King Institute of Preventive Medicine Bacteriolog. Section reports 1907-08
Year: 1907
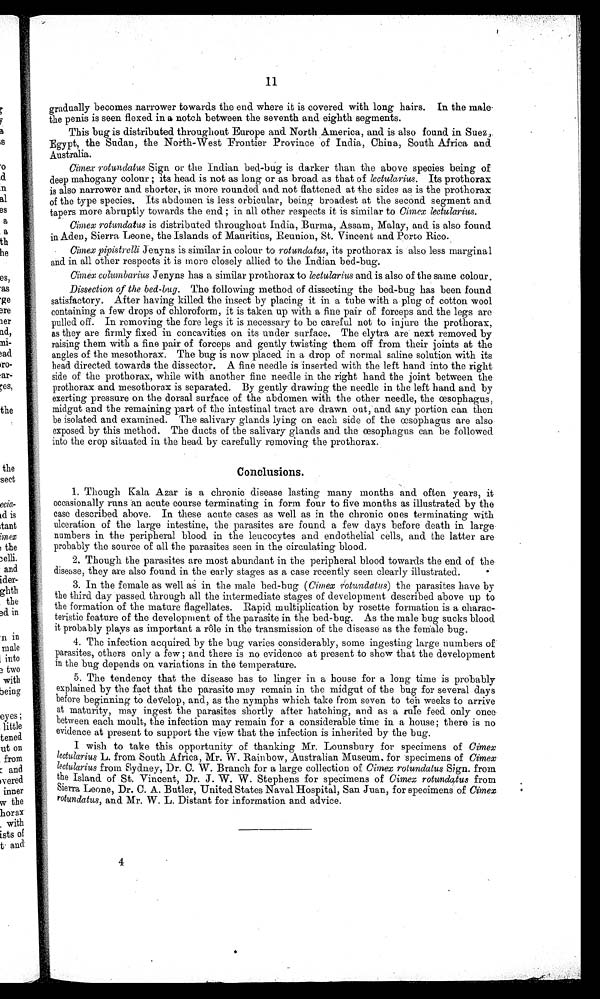
11
gradually becomes narrower towards the end where it is covered with long hairs. In the male
the penis is seen flexed in a notch between the seventh and eighth segments.
This bug is distributed throughout Europe and North America, and is also found in Suez,
Egypt, the Sudan, the North-West Frontier Province of India, China, South Africa and
Australia.
Cimex rotundatus Sign or the Indian bed-bug is darker than the above species being of
deep mahogany colour ; its head is not as long or as broad as that of lectularius. Its prothorax
is also narrower and shorter, is more rounded and not flattened at the sides as is the prothorax
of the type species. Its abdomen is less orbicular, being broadest at the second segment and
tapers more abruptly towards the end ; in all other respects it is similar to Cimex lectularius.
Cimex rotundatus is distributed throughout India, Burma, Assam, Malay, and is also found
in Aden, Sierra Leone, the Islands of Mauritius, Reunion, St. Vincent and Porto Rico.
Cimex pipistrelli Jenyns is similar in colour to rotundatus, its prothorax is also less marginal
and in all other respects it is more closely allied to the Indian bed-bug.
Cimex columbarius Jenyns has a similar prothorax to lectularius and is also of the same colour.
Dissection of the bed-bug. The following method of dissecting the bed-bug has been found
satisfactory. After having killed the insect by placing it in a tube with a plug of cotton wool
containing a few drops of chloroform, it is taken up with a fine pair of forceps and the legs are
pulled off. In removing the fore legs it is necessary to be careful not to injure the prothorax,
as they are firmly fixed in concavities on its under surface. The elytra are next removed by
raising them with a fine pair of forceps and gently twisting them off from their joints at the
angles of the mesothorax. The bug is now placed in a drop of normal saline solution with its
head directed towards the dissector. A fine needle is inserted with the left hand into the right
side of the prothorax, while with another fine needle in the right hand the joint between the
prothorax and mesothorax is separated. By gently drawing the needle in the left hand and by
exerting pressure on the dorsal surface of the abdomen with the other needle, the œsophagus,
midgut and the remaining part of the intestinal tract are drawn out, and any portion can then
be isolated and examined. The salivary glands lying on each side of the œsophagus are also
exposed by this method. The ducts of the salivary glands and the oesophagus can be followed
into the crop situated in the head. by carefully removing the prothorax.
Conclusions.
1. Though Kala Azar is a chronic disease lasting many months and often years, it
occasionally runs an acute course terminating in form four to five months as illustrated by the
case described above. In these acute cases as well as in the chronic ones terminating with
ulceration of the large intestine, the parasites are found a few days before death in large.
numbers in the peripheral blood in the leucocytes and endothelial cells, and the latter are
probably the source of all the parasites seen in the circulating blood.
2. Though the parasites are most abundant in the peripheral blood towards the end of the
disease, they are also found in the early stages as a case recently seen clearly illustrated.
3. In the female as well as in the male bed-bug (Cimex rotundatus) the parasites have by
the third day passed through all the intermediate stages of development described above up to
the formation of the mature flagellates. Rapid multiplication by rosette formation is a charac-
teristic feature of the development of the parasite in the bed-bug. As the male bug sucks blood
it probably plays as important a rôle in the transmission of the disease as the female bug.
4. The infection acquired by the bug varies considerably, some ingesting large numbers of
parasites, others only a few ; and there is no evidence at present to show that the development
in the bug depends on variations in the temperature.
5. The tendency that the disease has to linger in a house for a long time is probably
explained by the fact that the parasite may remain in the midgut of the bug for several days
before beginning to develop, and, as the nymphs which take from seven to ten weeks to arrive
at maturity, may ingest the parasites shortly after hatching, and as a rule feed only once
between each moult, the infection may remain for a considerable time in a house; there is no
evidence at present to support the view that the infection is inherited by the bug.
I wish to take this opportunity of thanking Mr. Lounsbury for specimens of Cimex
l e c t u l a r i u s
L . f r o m S o u t h A f r i c a , M r . W . R a i n b o w , A u s t r a l i a n M u s e u m f o r s p e c i m e n s o f
C i m e x
lectularius from Sydney, Dr. C. W. Branch for a large collection of Cimex rotundatus Sign. from
the Island of St. Vincent, Dr. J. W. W. Stephens for specimens of Cimex rotundatus from
Sierra Leone, Dr. C. A. Butler, United States Naval Hospital, San Juan, for specimens of Cimex
rotundatus, and Mr. W. L. Distant for information and advice.
4